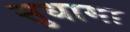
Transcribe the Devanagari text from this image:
सुधामा